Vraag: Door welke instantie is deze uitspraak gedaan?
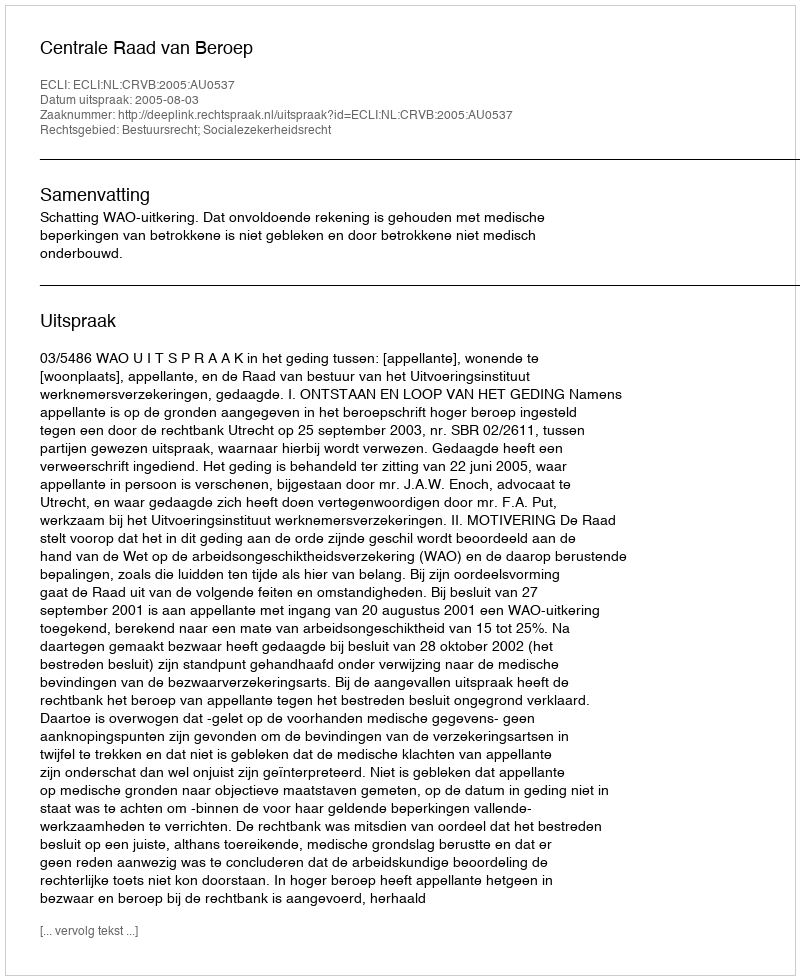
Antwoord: Centrale Raad van Beroep